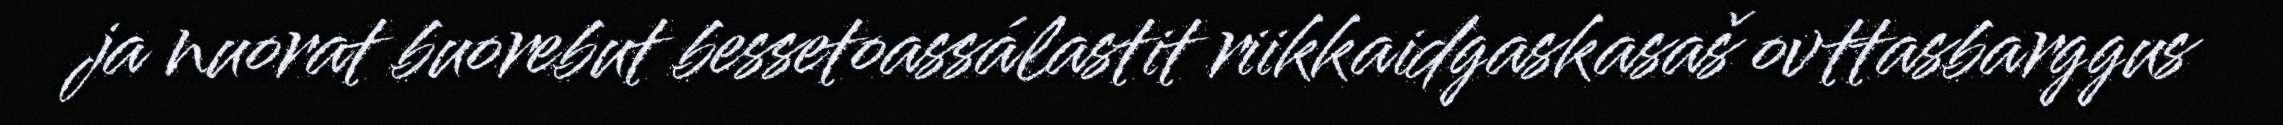
ja nuorat buorebut bessetoassálastit riikkaidgaskasaš ovttasbarggus